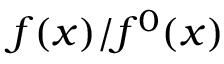
f ( x ) / f ^ { 0 } ( x )